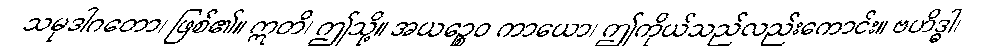
သမုဒါဂတော၊ ဖြစ်၏။ ဣတိ၊ ဤသို့။ အယဉ္စေဝ ကာယော၊ ဤကိုယ်သည်လည်းကောင်း။ ဗဟိဒ္ဓါ၊